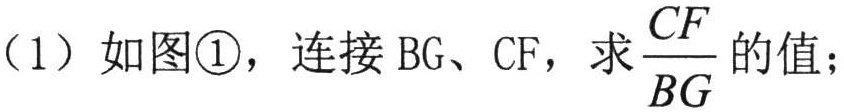
（1）如图\textcircled{1}，连接BG、CF，求$\frac{CF}{BG}$的值；